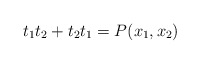
\begin{align*}t_1 t_2 + t_2 t_1 = P(x_1, x_2)\end{align*}